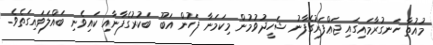
މުއުތާ ހަނގުރާމައިގައި ޖަޢްފަރުގެފާނު ޝަހީދުވުމުން މިކަމަނާ ފަހުން އަބޫ ބަކުރުގެފާނާއި ކައިވެނި ބައްލަވައިގަތެވެ.